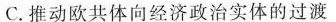
C.推动欧共体向经济政治实体的过渡